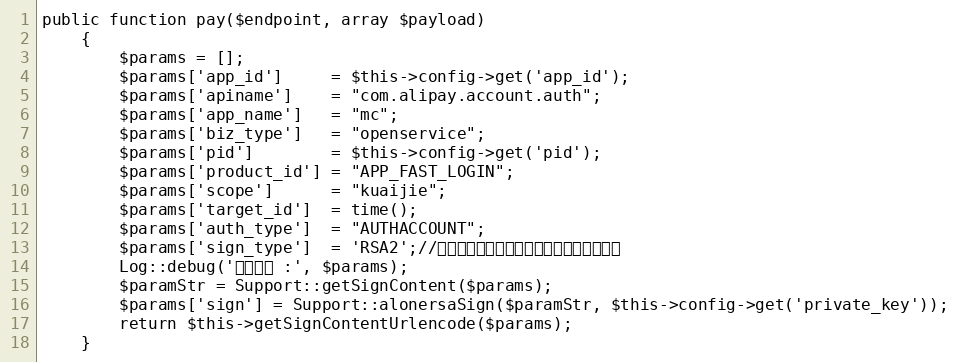
Language: PHP
public function pay($endpoint, array $payload)
    {
    	$params = [];
		$params['app_id']     = $this->config->get('app_id');
		$params['apiname']    = "com.alipay.account.auth";
		$params['app_name']   = "mc";
		$params['biz_type']   = "openservice";
		$params['pid']        = $this->config->get('pid');
		$params['product_id'] = "APP_FAST_LOGIN";
		$params['scope']      = "kuaijie";
		$params['target_id']  = time();
		$params['auth_type']  = "AUTHACCOUNT";
		$params['sign_type']  = 'RSA2';//商户生成签名字符串所使用的签名算法类型
        Log::debug('生成签名 :', $params);
		$paramStr = Support::getSignContent($params);
		$params['sign'] = Support::alonersaSign($paramStr, $this->config->get('private_key'));
        return $this->getSignContentUrlencode($params);
    }